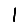
Digit: 1